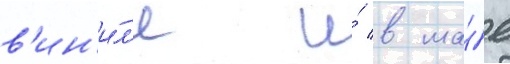
в'ин'и́л'е и́ в ма́е